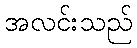
အလင်းသည်